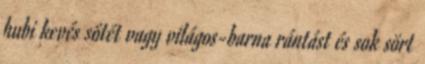
hubi kevés sötét vagy világos-barna rántást és sok sört